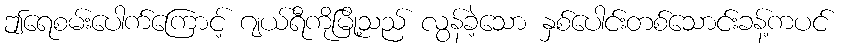
ဤရေစမ်းပေါက်ကြောင့် ဂျယ်ရီကိုမြို့သည် လွန်ခဲ့သော နှစ်ပေါင်းတစ်သောင်းခန့်ကပင်